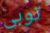
توبى